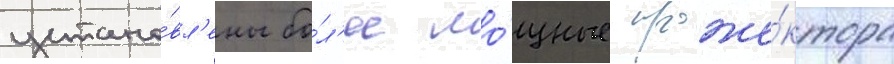
устано́вл'ены бо́л'ее мо́щные проже́ктора